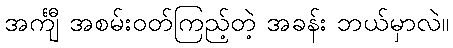
အင်္ကျီ အစမ်းဝတ်ကြည့်တဲ့ အခန်း ဘယ်မှာလဲ။